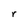
Character: r